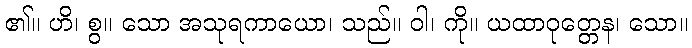
၏။ ဟိ၊ စွ။ သော အသုရကာယော၊ သည်။ ဝါ၊ ကို။ ယထာဝုတ္တေန၊ သော။